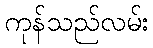
ကုန်သည်လမ်း